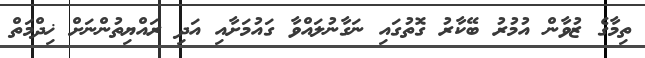
ތިމާގެ ޒުވާން އުމުރު ބޭކާރު ގޮތުގައި ނަގާނުލަައްވާ ގައުމަށާއި އަދި ރައްޔިތުންނަށް ޚިދްމަތް